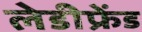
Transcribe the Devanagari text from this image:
लेडीफ्रेंड